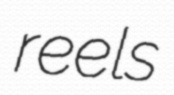
reels